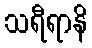
သရီရာနိ